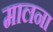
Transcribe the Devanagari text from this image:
मालना